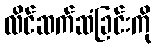
လိင်ဆက်ဆံခြင်းကို